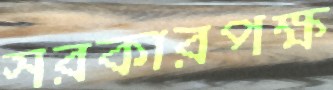
সরকারপক্ষ